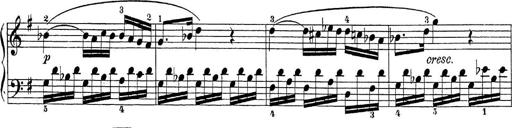
Title: Sonatina Album
Composer: Louis KÃ¶hler